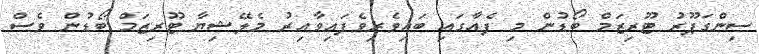
ސިންގަޕޫރު ޓޫރިޒަމް ބޯޑުން މި ފެއާގައި ބައިވެރިވެފައިވާއިރު މެލޭޝިޔާ ޓޫރިޒަމް ބޯޑުން ވެސް